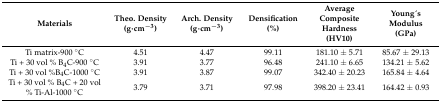
<table><thead><tr><td><b>Materials</b></td><td><b>Theo. Density (g·cm<sup>−3</sup>)</b></td><td><b>Arch. Density (g·cm<sup>−3</sup>)</b></td><td><b>Densification (%)</b></td><td><b>Average Composite Hardness (HV10)</b></td><td><b>Young ́s Modulus (GPa)</b></td></tr></thead><tbody><tr><td>Ti matrix-900 °C</td><td>4.51</td><td>4.47</td><td>99.11</td><td>181.10 ± 5.71</td><td>85.67 ± 29.13</td></tr><tr><td>Ti + 30 vol % B<sub>4</sub>C-900 °C</td><td>3.91</td><td>3.77</td><td>96.48</td><td>241.10 ± 6.65</td><td>134.21 ± 5.62</td></tr><tr><td>Ti + 30 vol %B<sub>4</sub>C-1000 °C</td><td>3.91</td><td>3.87</td><td>99.07</td><td>342.40 ± 20.23</td><td>165.84 ± 4.64</td></tr><tr><td>Ti + 30 vol % B<sub>4</sub>C + 20 vol % Ti-Al-1000 °C</td><td>3.79</td><td>3.71</td><td>97.98</td><td>398.20 ± 23.41</td><td>164.42 ± 0.93</td></tr></tbody></table>